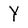
Character: Y